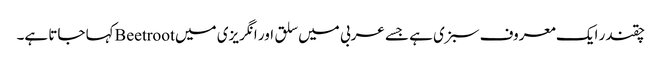
چقندر ایک معروف سبزی ہے جسے عربی میں سلق اور انگریزی میں Beetrootکہا جاتا ہے۔